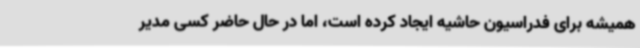
همیشه برای فدراسیون حاشیه ایجاد کرده است، اما در حال حاضر کسی مدیر